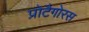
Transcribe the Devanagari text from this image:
प्रोटैगोरस